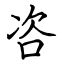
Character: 咨